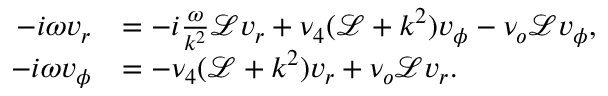
\begin{array} { r l } { - i \omega v _ { r } } & { = - i \frac { \omega } { k ^ { 2 } } \mathcal { L } v _ { r } + \nu _ { 4 } ( \mathcal { L } + k ^ { 2 } ) v _ { \phi } - \nu _ { o } \mathcal { L } v _ { \phi } , } \\ { - i \omega v _ { \phi } } & { = - \nu _ { 4 } ( \mathcal { L } + k ^ { 2 } ) v _ { r } + \nu _ { o } \mathcal { L } v _ { r } . } \end{array}